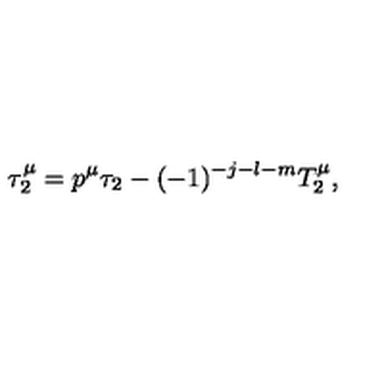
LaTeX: \tau _ { 2 } ^ { \mu } = p ^ { \mu } \tau _ { 2 } - ( - 1 ) ^ { - j - l - m } T _ { 2 } ^ { \mu } ,